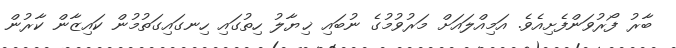
ބާރު ފޯރުވަންފެށިއެވެ. އަމިއްލައަށް މަރުވުމުގެ ނުބައި ޚިޔާލު ހިތުގައި ހިނގައިގަތުމުން ކައިޒާން ކާރުން